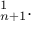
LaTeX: \mathbf { \Pi } _ { n + 1 } ^ { 1 } .